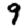
Digit: 9